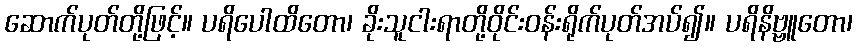
ဆောက်ပုတ်တို့ဖြင့်။ ပရိပေါထိတော၊ ခိုးသူငါးရာတို့ဝိုင်းဝန်းရိုက်ပုတ်အပ်၍။ ပရိနိဗ္ဗူတော၊